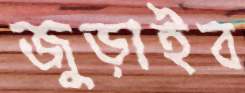
জুড়াইব